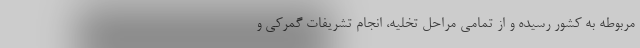
مربوطه به کشور رسیده و از تمامی مراحل تخلیه، انجام تشریفات گمرکی و